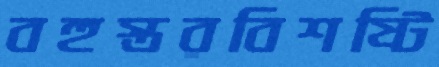
বহুস্তরবিশষ্টি